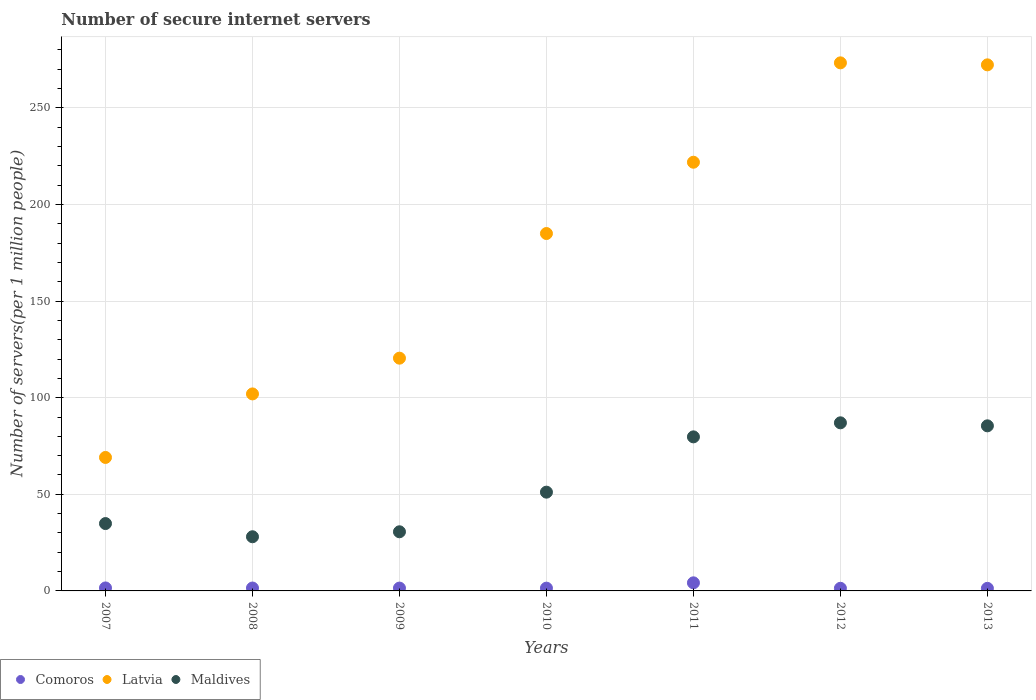
| Years | Comoros | Latvia | Maldives |
 | --- | --- | --- | --- |
 | 2007 | 1.54 | 69.1 | 34.9 |
 | 2008 | 1.5 | 102 | 28 |
 | 2009 | 1.47 | 120 | 30.6 |
 | 2010 | 1.43 | 185 | 51.1 |
 | 2011 | 4.19 | 222 | 79.7 |
 | 2012 | 1.36 | 273 | 87 |
 | 2013 | 1.33 | 272 | 85.4 |